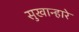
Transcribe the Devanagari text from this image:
सुखान्हारे